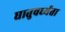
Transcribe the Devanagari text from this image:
घातुवर्ध्यता